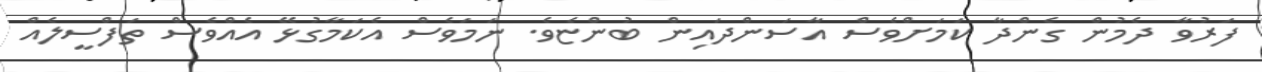
ފަރުވާ ދެމުން ގެންދާ ކަމަށްވެސް އާސަންދައިން ބުންޏެވެ. ނަމަވެސް އެކަމާގުޅޭ އެއްވެސް ތަފްސީލެއް